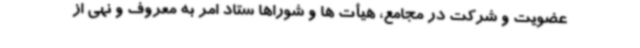
عضویت و شرکت در مجامع، هیأت ها و شوراها ستاد امر به معروف و نهی از